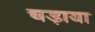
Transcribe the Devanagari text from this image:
चड़ाया